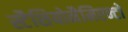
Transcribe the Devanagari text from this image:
स्टैशियोनैमिएन्टो